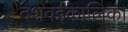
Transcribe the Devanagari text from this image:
दशवईकालिका